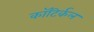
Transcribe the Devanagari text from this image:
कॉटिर्कल